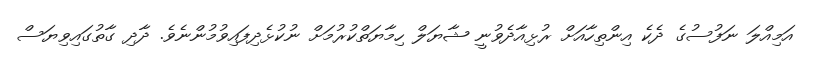
އަމިއްލަ ނަފުސުގެ ދެކެ އިންތިހާއަށް ރުޅިއާދެވުނީ ޝާޔަލް ހިމާޔަތްކުރުމަށް ނުކުޅެދިފައިވުމުންނެވެ. ދާދި ގާތުގައިވިޔަސް